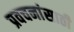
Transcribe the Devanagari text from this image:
प्रवचनांसाठी